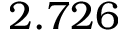
2 . 7 2 6